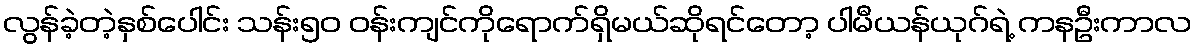
လွန်ခဲ့တဲ့နှစ်ပေါင်း သန်း၅၀ ဝန်းကျင်ကိုရောက်ရှိမယ်ဆိုရင်တော့ ပါမီယန်ယုဂ်ရဲ့ ကနဦးကာလ